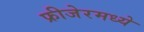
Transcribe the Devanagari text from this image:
फ्रीजेरमध्ये